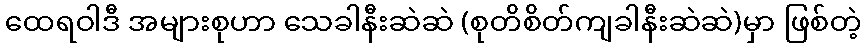
ထေရဝါဒီ အများစုဟာ သေခါနီးဆဲဆဲ (စုတိစိတ်ကျခါနီးဆဲဆဲ)မှာ ဖြစ်တဲ့